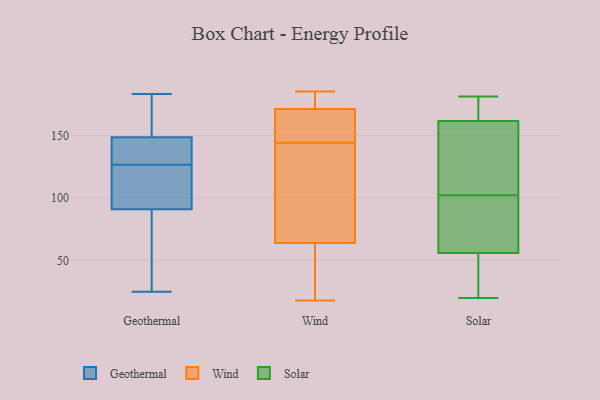
{"axis": {"x": "Budget (USD K)", "y": "Value"}, "legend": ["Geothermal", "Solar", "Wind"], "data": [{"x": "", "y": 77, "type": "Geothermal"}, {"x": "", "y": 183, "type": "Geothermal"}, {"x": "", "y": 96, "type": "Geothermal"}, {"x": "", "y": 144, "type": "Geothermal"}, {"x": "", "y": 65, "type": "Geothermal"}, {"x": "", "y": 132, "type": "Geothermal"}, {"x": "", "y": 124, "type": "Geothermal"}, {"x": "", "y": 25, "type": "Geothermal"}, {"x": "", "y": 153, "type": "Geothermal"}, {"x": "", "y": 132, "type": "Geothermal"}, {"x": "", "y": 155, "type": "Geothermal"}, {"x": "", "y": 74, "type": "Geothermal"}, {"x": "", "y": 129, "type": "Geothermal"}, {"x": "", "y": 141, "type": "Geothermal"}, {"x": "", "y": 86, "type": "Geothermal"}, {"x": "", "y": 171, "type": "Geothermal"}, {"x": "", "y": 104, "type": "Geothermal"}, {"x": "", "y": 107, "type": "Geothermal"}, {"x": "", "y": 159, "type": "Geothermal"}, {"x": "", "y": 110, "type": "Geothermal"}, {"x": "", "y": 168, "type": "Wind"}, {"x": "", "y": 89, "type": "Wind"}, {"x": "", "y": 120, "type": "Wind"}, {"x": "", "y": 137, "type": "Wind"}, {"x": "", "y": 55, "type": "Wind"}, {"x": "", "y": 158, "type": "Wind"}, {"x": "", "y": 171, "type": "Wind"}, {"x": "", "y": 135, "type": "Wind"}, {"x": "", "y": 62, "type": "Wind"}, {"x": "", "y": 185, "type": "Wind"}, {"x": "", "y": 173, "type": "Wind"}, {"x": "", "y": 18, "type": "Wind"}, {"x": "", "y": 167, "type": "Wind"}, {"x": "", "y": 151, "type": "Wind"}, {"x": "", "y": 185, "type": "Wind"}, {"x": "", "y": 172, "type": "Wind"}, {"x": "", "y": 26, "type": "Wind"}, {"x": "", "y": 64, "type": "Wind"}, {"x": "", "y": 99, "type": "Solar"}, {"x": "", "y": 30, "type": "Solar"}, {"x": "", "y": 52, "type": "Solar"}, {"x": "", "y": 180, "type": "Solar"}, {"x": "", "y": 174, "type": "Solar"}, {"x": "", "y": 77, "type": "Solar"}, {"x": "", "y": 47, "type": "Solar"}, {"x": "", "y": 74, "type": "Solar"}, {"x": "", "y": 146, "type": "Solar"}, {"x": "", "y": 20, "type": "Solar"}, {"x": "", "y": 170, "type": "Solar"}, {"x": "", "y": 105, "type": "Solar"}, {"x": "", "y": 181, "type": "Solar"}, {"x": "", "y": 111, "type": "Solar"}, {"x": "", "y": 141, "type": "Solar"}, {"x": "", "y": 33, "type": "Solar"}, {"x": "", "y": 178, "type": "Solar"}, {"x": "", "y": 153, "type": "Solar"}, {"x": "", "y": 60, "type": "Solar"}, {"x": "", "y": 71, "type": "Solar"}]}